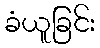
ခံယူခြင်း